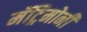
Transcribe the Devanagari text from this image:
मॅट्रिमोनी